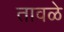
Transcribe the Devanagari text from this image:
तावळे